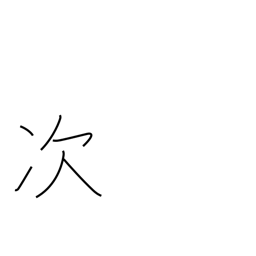
Meaning: next